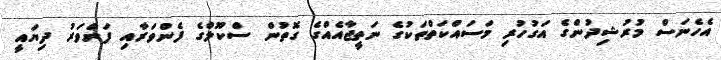
އެހެނަސް މުރުޝިދުންގެ އަގުހުރި މަސައްކަތްތަކުގެ ނަތީޖާއެއްގެ ގޮތުން ސްކޫލްގެ ފެންވަރާއި ފަންވަރު ދިޔައީ